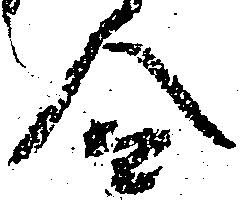
令